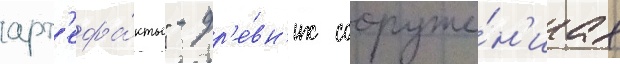
арт'ефа́кты" - др'е́вн'их сооруже́н'иах